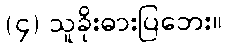
(၄) သူခိုးဓားပြဘေး။